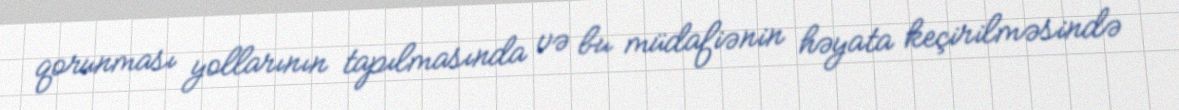
qorunması yollarının tapılmasında və bu müdafiənin həyata keçirilməsində